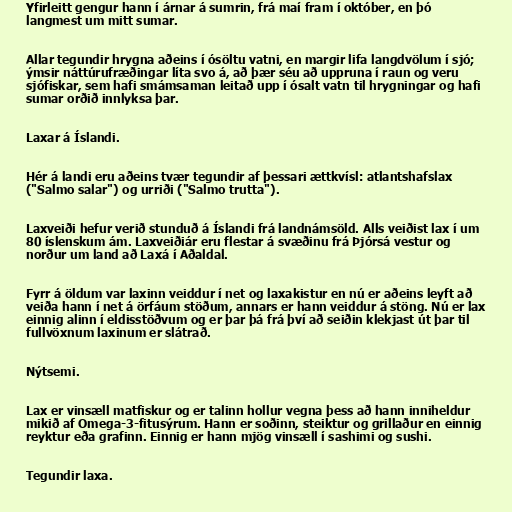
Yfirleitt gengur hann í árnar á sumrin, frá maí fram í október, en þó
langmest um mitt sumar.

Allar tegundir hrygna aðeins í ósöltu vatni, en margir lifa langdvölum í sjó;
ýmsir náttúrufræðingar líta svo á, að þær séu að uppruna í raun og veru
sjófiskar, sem hafi smámsaman leitað upp í ósalt vatn til hrygningar og hafi
sumar orðið innlyksa þar.

Laxar á Íslandi.

Hér á landi eru aðeins tvær tegundir af þessari ættkvísl: atlantshafslax
("Salmo salar") og urriði ("Salmo trutta").

Laxveiði hefur verið stunduð á Íslandi frá landnámsöld. Alls veiðist lax í um
80 íslenskum ám. Laxveiðiár eru flestar á svæðinu frá Þjórsá vestur og
norður um land að Laxá í Aðaldal.

Fyrr á öldum var laxinn veiddur í net og laxakistur en nú er aðeins leyft að
veiða hann í net á örfáum stöðum, annars er hann veiddur á stöng. Nú er lax
einnig alinn í eldisstöðvum og er þar þá frá því að seiðin klekjast út þar til
fullvöxnum laxinum er slátrað.

Nýtsemi.

Lax er vinsæll matfiskur og er talinn hollur vegna þess að hann inniheldur
mikið af Omega-3-fitusýrum. Hann er soðinn, steiktur og grillaður en einnig
reyktur eða grafinn. Einnig er hann mjög vinsæll í sashimi og sushi.

Tegundir laxa.